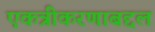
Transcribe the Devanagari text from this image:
एकत्रीकरणाबद्दल